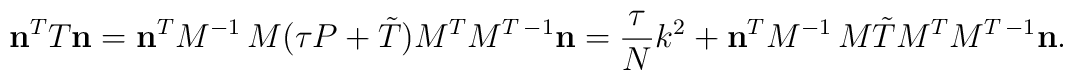
{\bf n}\sp{T} T {\bf n}={\bf n}\sp{T}M\sp{-1}\, M(\tau P+\tilde T)M\sp{T}M\sp{T\,-1}{\bf n}=\frac{\tau}{N}k\sp2+{\bf n}\sp{T}M\sp{-1}\, M\tilde TM\sp{T}M\sp{T\,-1}{\bf n}.